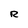
Character: R